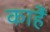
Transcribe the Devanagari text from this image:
काहैं